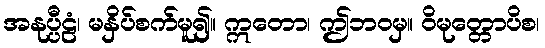
အနုပ္ပီဠံ၊ မနှိပ်စက်မူ၍။ ဣတော၊ ဤဘဝမှ။ ဝိမုတ္တောပိစ၊